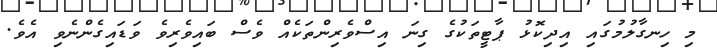
މި ހިނގާލުމުގައި އިދިކޮޅު ޕާޓީތަކުގެ ގިނަ އިސްވެރިންތަކެއް ވެސް ބައިވެރިވެ ވަޑައިގެންނެވި އެވެ.